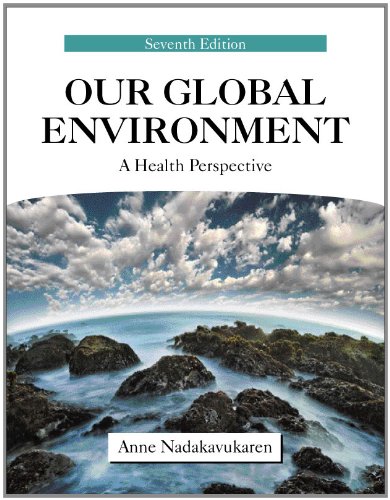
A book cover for Our Global Environment: A Health Perspective; Anne Nadakavukaren; Science & Math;